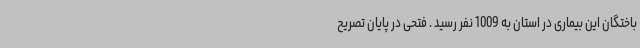
باختگان این بیماری در استان به 1009 نفر رسید . فتحی در پایان تصریح